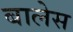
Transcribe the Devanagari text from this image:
बालेस